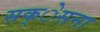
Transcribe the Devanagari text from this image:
सक्ेसना